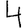
Digit: 4